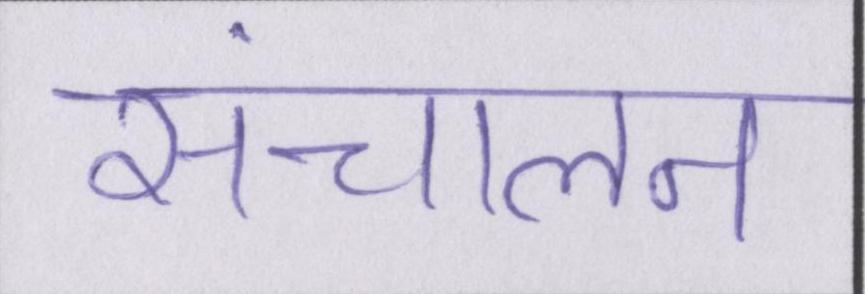
संचालन